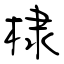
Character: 棣